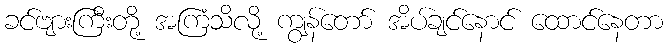
ခင်ဗျားကြီးတို့ အကြံသိလို့ ကျွန်တော် အိပ်ချင်နောင် ထောင်နေတာ